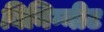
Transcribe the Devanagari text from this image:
बिनिग्नीट